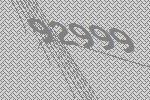
92999